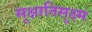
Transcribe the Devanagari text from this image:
सूक्षातिसूक्ष्म